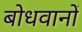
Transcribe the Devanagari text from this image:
बोधवानों